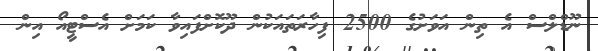
ނޫޑްލްސް އެ ތިން އަވަށުގެ 2500 ފިހާރަތައަކުން ދޫކޮށްފައިވާ ކަމަށް އެސްޓީއޯ އިން